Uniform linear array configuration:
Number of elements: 48
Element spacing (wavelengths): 0.5
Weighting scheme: hamming
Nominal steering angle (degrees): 0
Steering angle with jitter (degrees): -1.638
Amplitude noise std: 0.05
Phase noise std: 0.05

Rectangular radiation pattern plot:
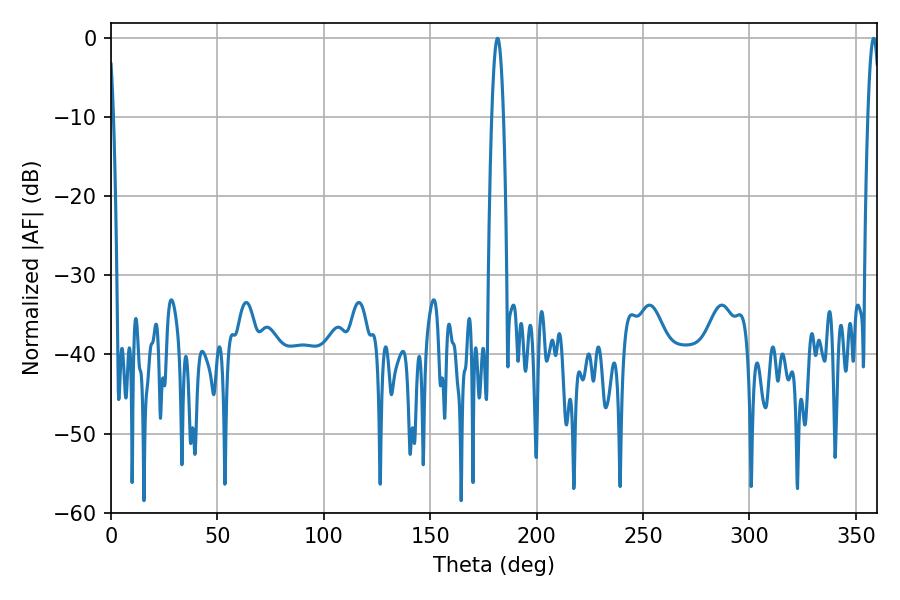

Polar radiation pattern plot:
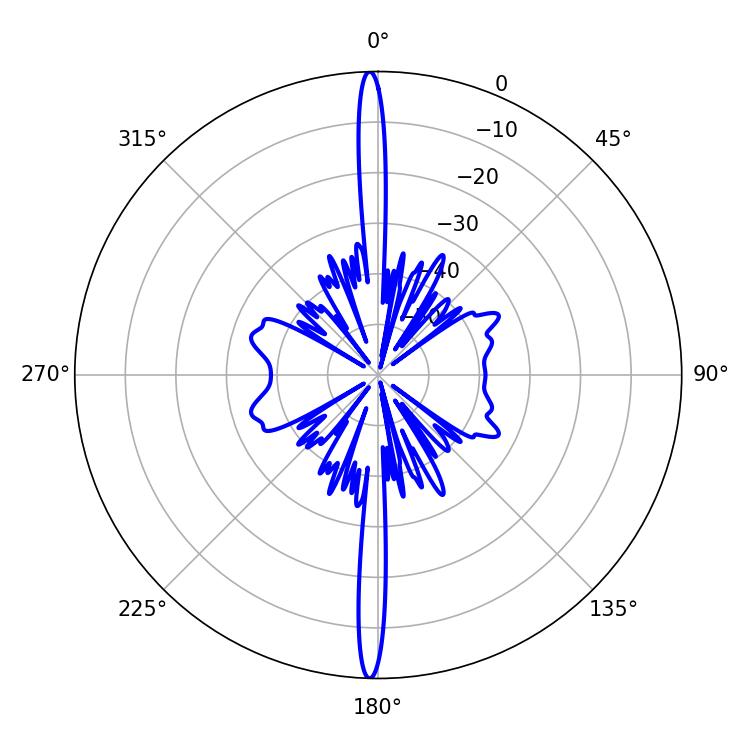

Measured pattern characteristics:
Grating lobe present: FALSE
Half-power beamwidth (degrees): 2.88
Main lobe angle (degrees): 358.38